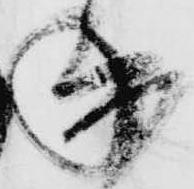
承